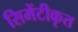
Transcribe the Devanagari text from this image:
सिमेंटीकृत